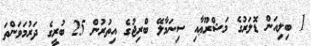
1 ބިލިއަން ޑޮލަރުގެ މަޝްރޫޢާއި ސިނަމާލޭ ބްރިޖުގެ އިތުރުން 25 ބުރީގެ ދަރުމަވަންތަ